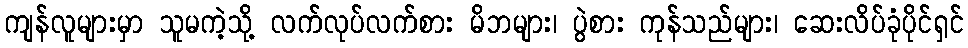
ကျန်လူများမှာ သူမကဲ့သို့ လက်လုပ်လက်စား မိဘများ၊ ပွဲစား ကုန်သည်များ၊ ဆေးလိပ်ခုံပိုင်ရှင်